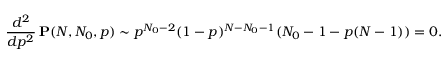
\frac { d ^ { 2 } } { d p ^ { 2 } } \, \mathbf { P } ( N , N _ { 0 } , p ) \sim p ^ { N _ { 0 } - 2 } ( 1 - p ) ^ { N - N _ { 0 } - 1 } ( N _ { 0 } - 1 - p ( N - 1 ) ) = 0 .